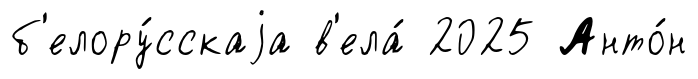
б'елору́сскаjа в'ела́ 2025 Анто́н